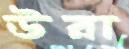
উরা